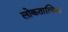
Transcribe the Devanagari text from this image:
लोकतात्विक